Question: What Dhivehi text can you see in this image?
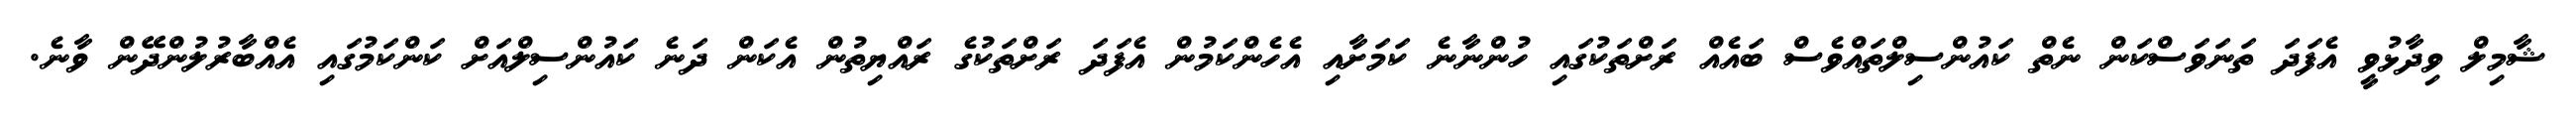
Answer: ޝާމިލް ވިދާޅުވީ އެފަދަ ތަނަވަސްކަން ނެތް ކައުންސިލްތައްވެސް ބައެއް ރަށްތަކުގައި ހުންނާނެ ކަމަށާއި އެހެންކަމުން އެފަދަ ރަށްތަކުގެ ރައްޔިތުން އެކަން ދަނެ ކައުންސިލްއަށް ކަންކަމުގައި އެއްބާރުލުންދޭން ވާނެ.